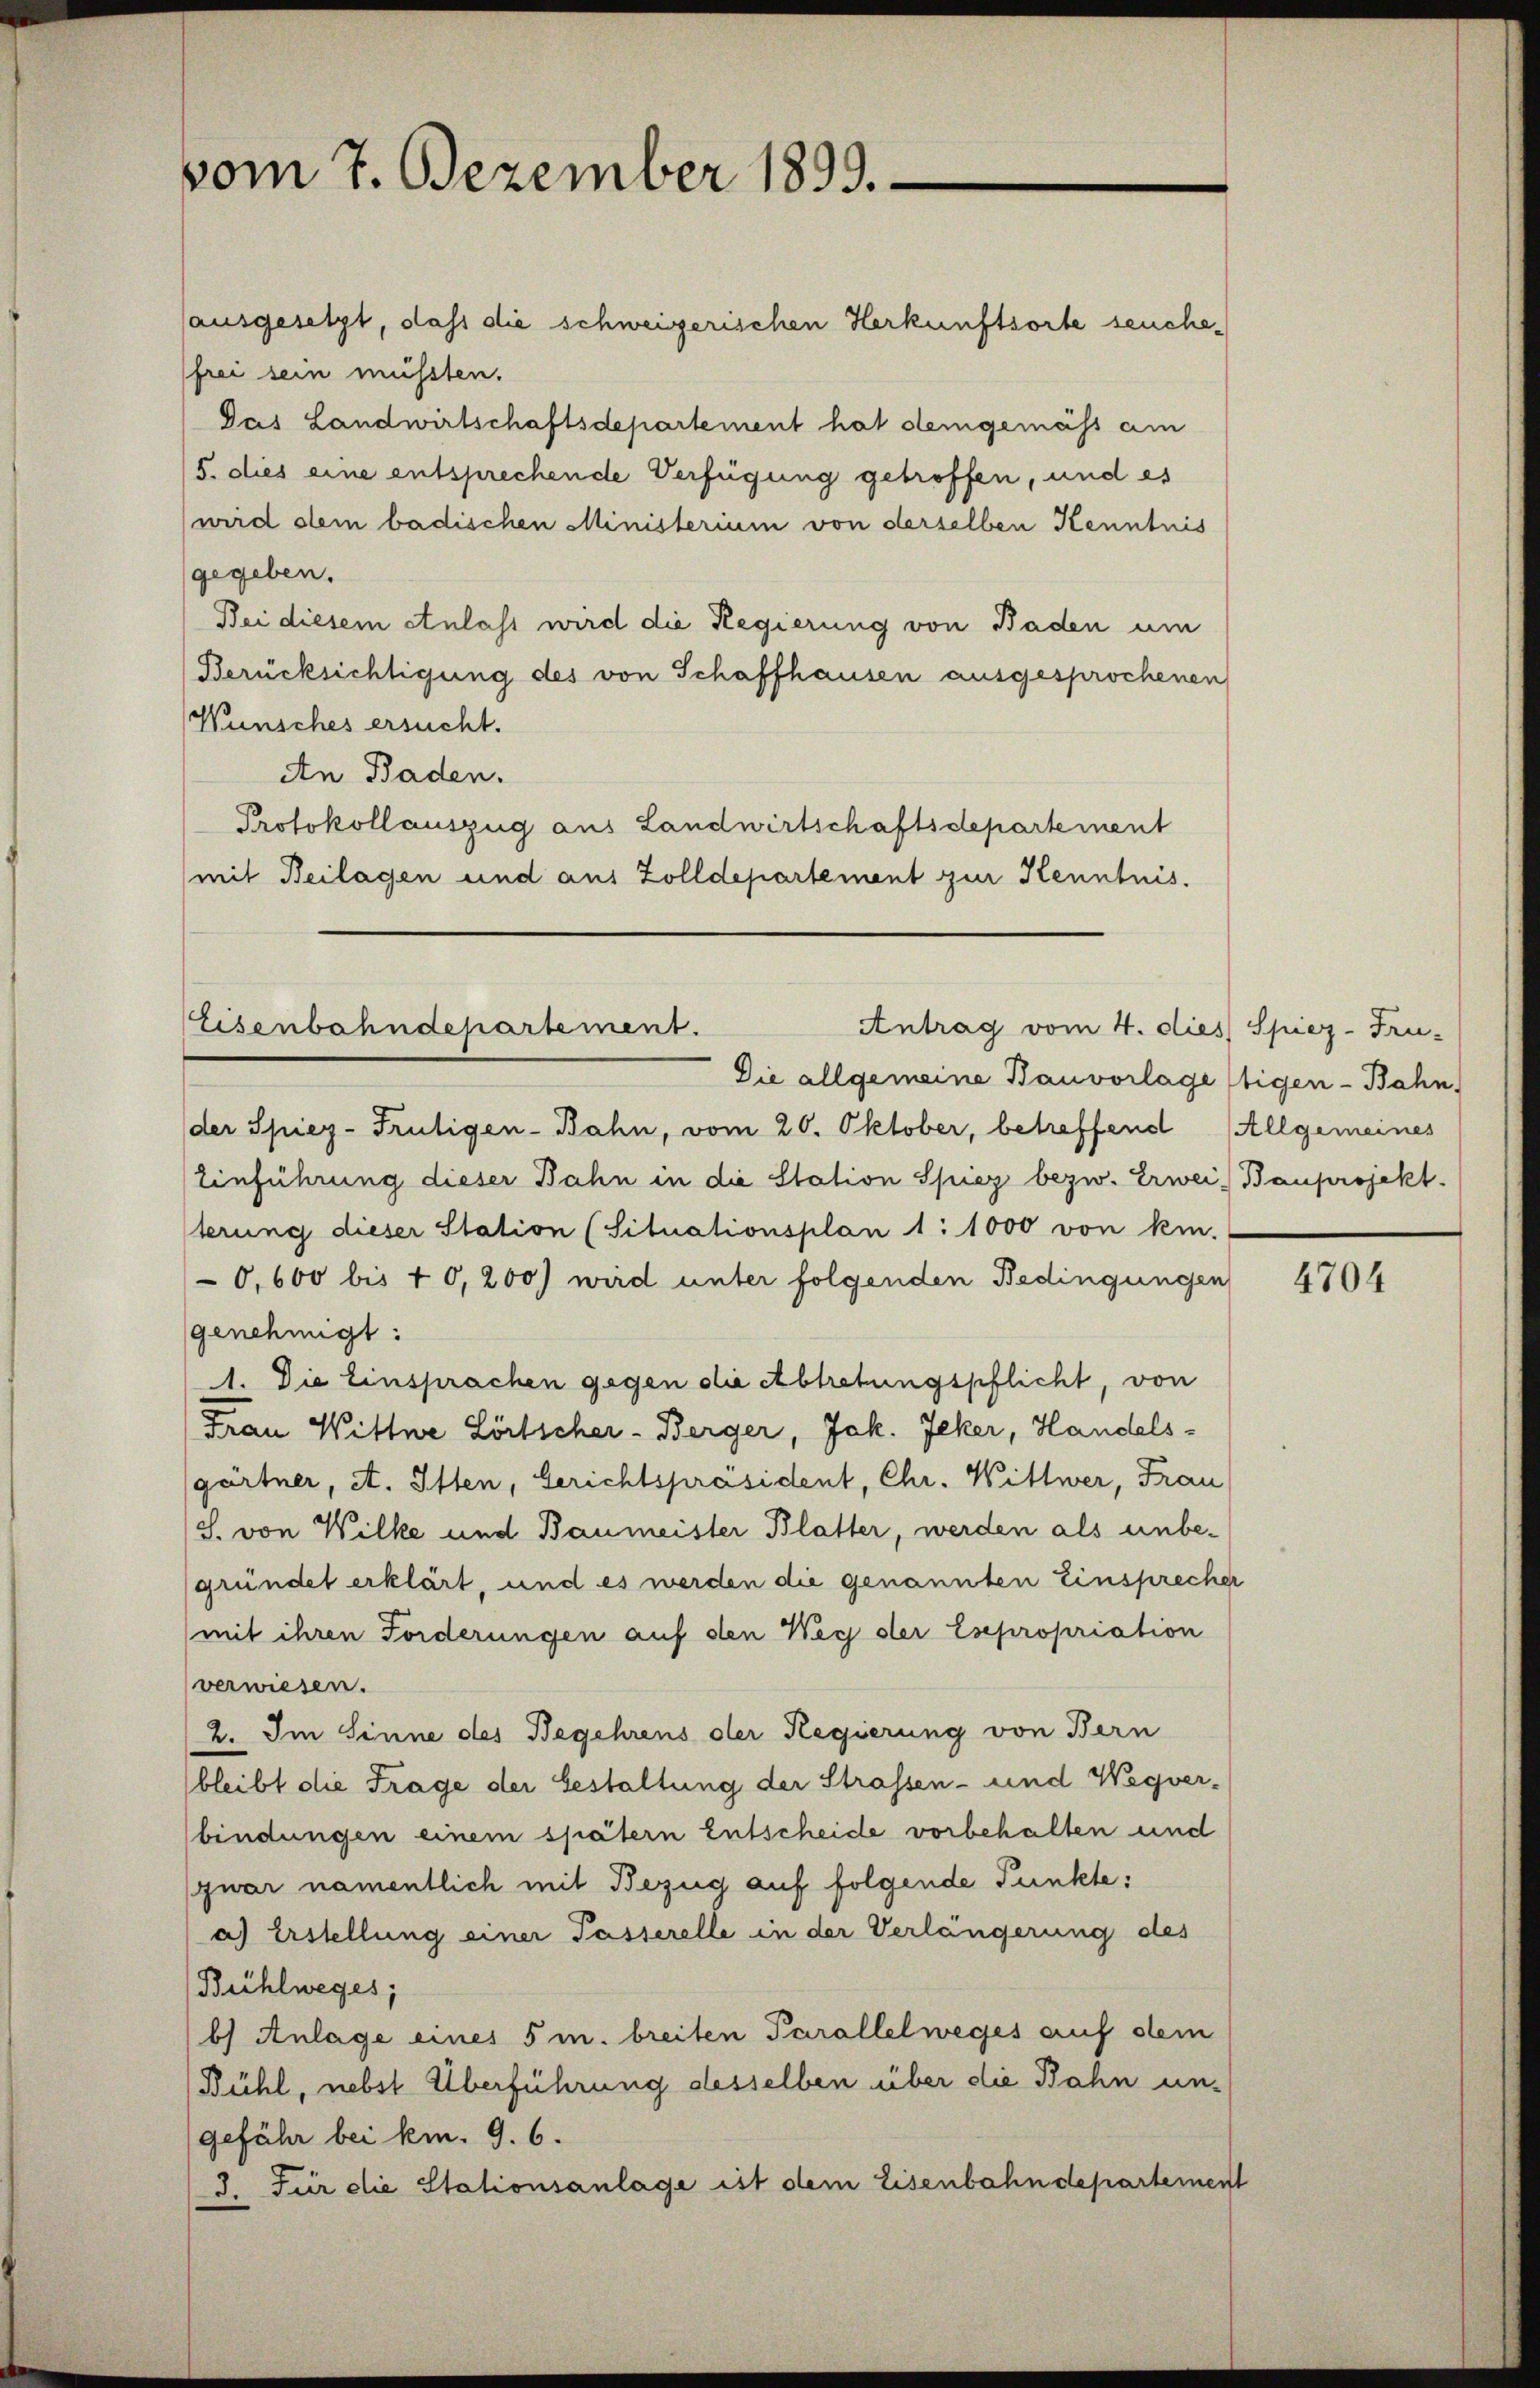
vom 7. Dezember 1899.

(ausgesetzt, dass die schweizerischen Herkunftsorte seuchefrei sein müssten.
Pas Landwirtschaftsdepartement hat demgemäss am
/5. dies eine entsprechende Verfügung getroffen, und es
wird dem badischen Ministerium von derselben Kenntnis
gegeben.
Bei diesem Anlast wird die Regierung von Baden um
Berücksichtigung des von Schaffhausen ausgesprochenen
Wünsches ersucht.
An Baden.
Protokollauszug aus Landwirtschaftsdepartement
mit Beilagen und aus Zolldepartement zur Kenntnis.

Eisenbahndepartement.
Antrag vom 4. dies Spiez-Fru-

Die allgemeine Bauvorlageftigen-Bahn,
(der Spiez-Frütigen-Bahn, vom 20. Oktober, betreffend Allgemeines
Einführung dieser Bahn in die Station Spiez bezw. Erweis Bauprojekt.
terung dieser Station (Situationsplan 1:1000 von kein-
0,600 bis 10,200) wird unter folgenden Bedingungen
genehmigt:
1. Die Einsprachen gegen die Abtretungspflicht, von
Frau Wittwe Zörtscher - Berger, Jak. Jeker, Handels-
gärtner, A. Etten, Gerichtspräsident, Chr. Wittwer, Frau
(S. von Wilke und Baumeister Blatter, werden als unbegründet erklärt, und es werden die genannten Einsprecher
(mit ihren Forderungen auf den Weg der Esepropriation
verwiesen.
2. Im Sinne des Begehrens der Regierung von Bern
bleibt die Frage der Gestaltung der Strassen- und Wegver-
bindungen einem spätern Entscheide vorbehalten und
zwar namentlich mit Bezug auf folgende Punkte,
a) Erstellung einer Tasserelle in der Verlängerung des
Bühlweges;
b) Anlage eines 5 m. breiten Parallelweges auf dem
Bühl, nebst Überführung desselben über die Bahn ungefähr bei km. 9. 6.
3. Für die Stationsanlage ist dem Eisenbahndepartement

4704